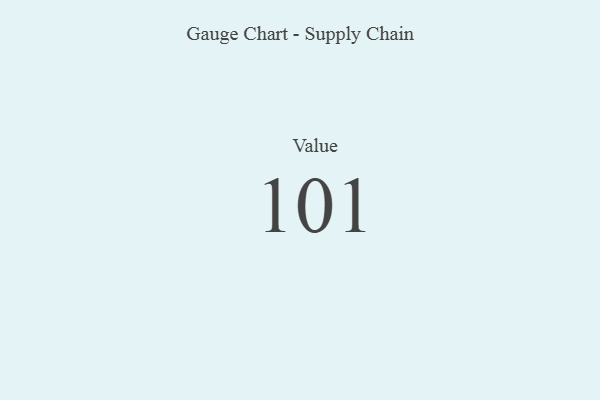
{"axis": {"x": "Metric", "y": "Value"}, "legend": [""], "data": [{"x": "Value", "y": 101, "type": ""}]}